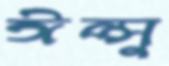
ঈপ্সু